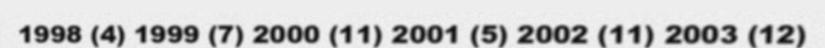
1998 (4) 1999 (7) 2000 (11) 2001 (5) 2002 (11) 2003 (12)